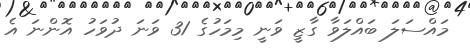
މައްސަލަ ބައްލަވާ ގާޒީ ވަނީ މިމަހުގެ 31 ވަނަ ދުވަހު އޮންނަ އެ